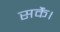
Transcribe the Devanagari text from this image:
सकेंं।